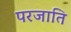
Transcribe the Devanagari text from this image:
परजाति